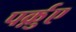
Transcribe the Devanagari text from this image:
पर्क़ुए